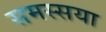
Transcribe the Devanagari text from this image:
समस्सया